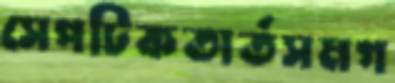
সেপটিকতার্তসমগ